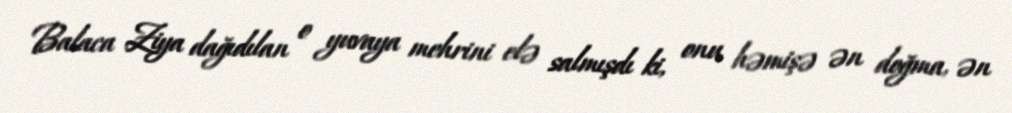
Balaca Ziya dağıdılan o yuvaya mehrini elə salmışdı ki, onu həmişə ən doğma, ən